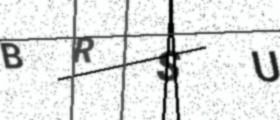
Text: BRSU